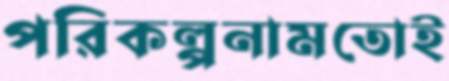
পরিকল্পনামতোই